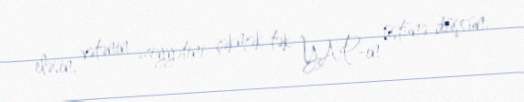
eləsin, vətənin əziyyətini çəkmək tək YAP-ın üstünə düşsün.